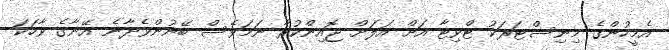
އެމީހުންގެ މިނިސްޓަރަކު ޓްވިޓާ އަށް އަލަށް ޖޮއިންކުރާ ނަމަވެސް ބޭނުންވެދާނެ އޭނާގެ ވާހަކަ